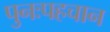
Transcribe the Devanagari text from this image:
पुनःपहचान